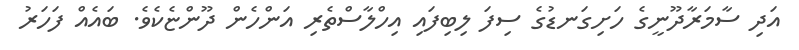
އަދި ސާމަރާދޫނީގެ ހަށިގަނޑުގެ ސިފަ ލިބިފައި އިހްލާސްތެރި އަންހެން ދޫންޏެކެވެ. ބައެއް ފަހަރު